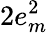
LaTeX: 2e_{m}^{2}